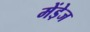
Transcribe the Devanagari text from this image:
मेंडे़ज